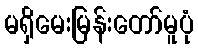
မရှိမေးမြန်းတော်မူပုံ